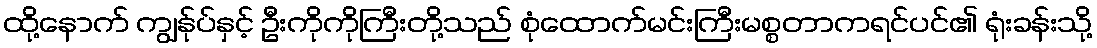
ထို့နောက် ကျွန်ုပ်နှင့် ဦးကိုကိုကြီးတို့သည် စုံထောက်မင်းကြီးမစ္စတာကရင်ပင်၏ ရုံးခန်းသို့